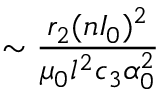
\sim \frac { r _ { 2 } ( n I _ { 0 } ) ^ { 2 } } { \mu _ { 0 } l ^ { 2 } c _ { 3 } \alpha _ { 0 } ^ { 2 } }